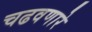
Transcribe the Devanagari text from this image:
चढवणारे